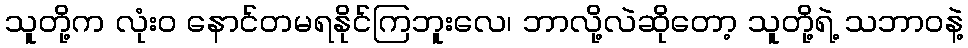
သူတို့က လုံးဝ နောင်တမရနိုင်ကြဘူးလေ၊ ဘာလို့လဲဆိုတော့ သူတို့ရဲ့ သဘာဝနဲ့